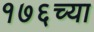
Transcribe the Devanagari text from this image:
१७६च्या